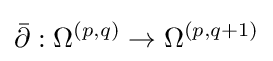
{\bar {\partial }}:\Omega ^{(p,q)}\to \Omega ^{(p,q+1)}